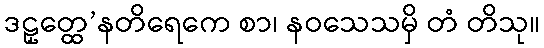
ဒဠှတ္ထေ’နတိရေကေ စာ၊ နဝသေသမှိ တံ တိသု။